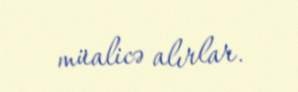
müalicə alırlar.